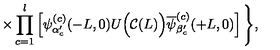
\times \prod _ { c = 1 } ^ { l } \left[ \psi _ { \alpha _ { c } ^ { \prime } } ^ { ( c ) } ( - L , 0 ) U \Big ( { \cal C } ( L ) \Big ) \overline { { \psi } } _ { \beta _ { c } ^ { \prime } } ^ { ( c ) } ( + L , 0 ) \right] \Bigg \} ,